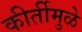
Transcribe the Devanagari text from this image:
कीर्तीमुळे